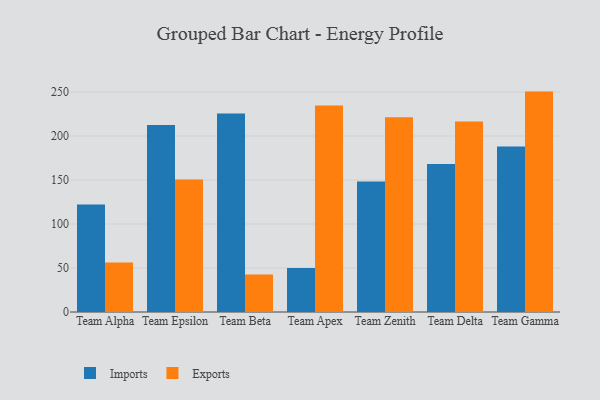
{"axis": {"x": "Team", "y": "Budget (USD K)"}, "legend": ["Exports", "Imports"], "data": [{"x": "Team Alpha", "y": 122.1, "type": "Imports"}, {"x": "Team Alpha", "y": 56.2, "type": "Exports"}, {"x": "Team Epsilon", "y": 212.4, "type": "Imports"}, {"x": "Team Epsilon", "y": 150.5, "type": "Exports"}, {"x": "Team Beta", "y": 225.6, "type": "Imports"}, {"x": "Team Beta", "y": 42.6, "type": "Exports"}, {"x": "Team Apex", "y": 50.0, "type": "Imports"}, {"x": "Team Apex", "y": 234.8, "type": "Exports"}, {"x": "Team Zenith", "y": 148.3, "type": "Imports"}, {"x": "Team Zenith", "y": 221.3, "type": "Exports"}, {"x": "Team Delta", "y": 168.3, "type": "Imports"}, {"x": "Team Delta", "y": 216.4, "type": "Exports"}, {"x": "Team Gamma", "y": 188.1, "type": "Imports"}, {"x": "Team Gamma", "y": 250.5, "type": "Exports"}]}